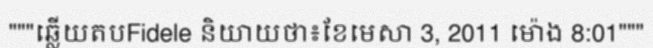
"""ឆ្លើយតបFidele និយាយថា៖ខែមេសា 3, 2011 ម៉ោង 8:01"""